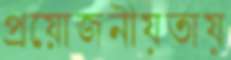
প্রয়োজনীয়তায়